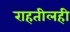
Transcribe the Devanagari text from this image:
राहतीलही